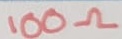
Text: 100Ω